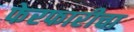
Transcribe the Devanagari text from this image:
फेरफारीचा